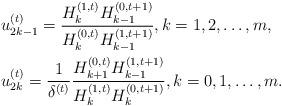
LaTeX: \begin{align*}&u_{2k-1}^{(t)}=\frac{H_k^{(1,t)}H_{k-1}^{(0,t+1)}}{H_k^{(0,t)}H_{k-1}^{(1,t+1)}},k=1,2,\dots,m,\\&u_{2k}^{(t)}=\frac{1}{\delta^{(t)}}\frac{H_{k+1}^{(0,t)}H_{k-1}^{(1,t+1)}}{H_k^{(1,t)}H_{k}^{(0,t+1)}},k=0,1,\dots,m.\end{align*}